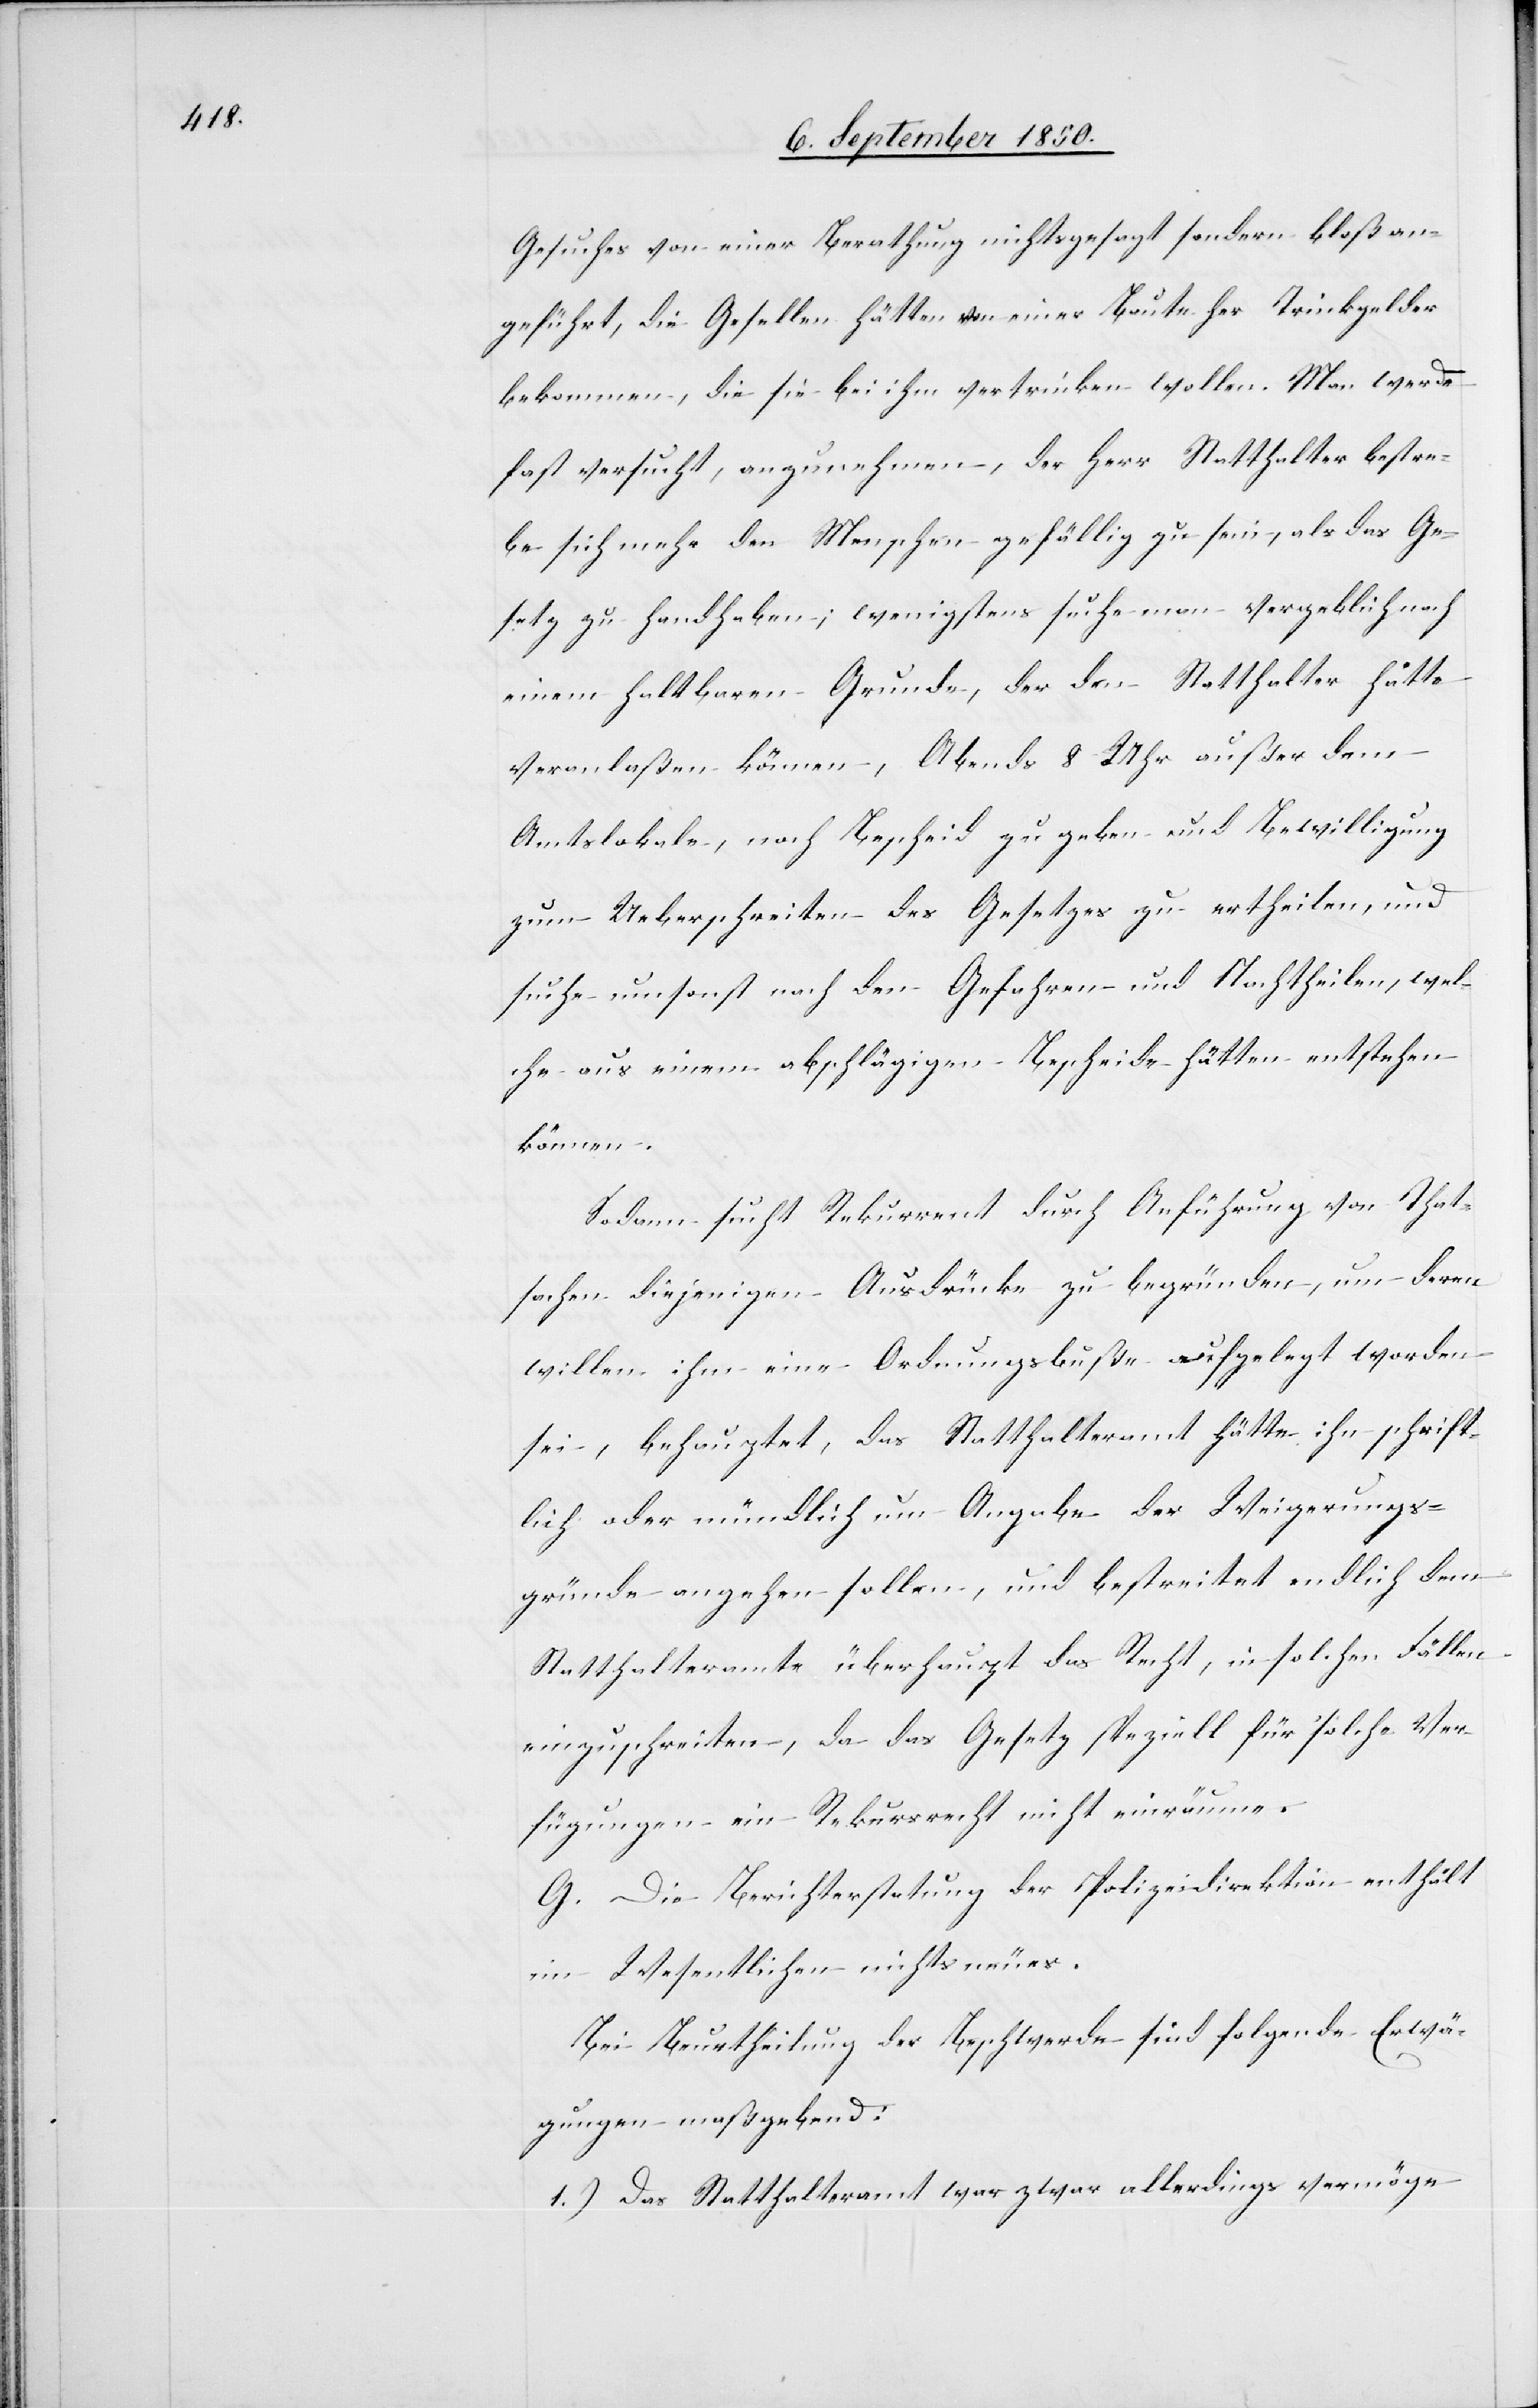
Gesuches von einer Berathung nichts gesagt sondern bloß an¬
geführt, die Gesellen hätten von einer Baute her Trinkgelder
bekommen, die sie bei ihm vertrinken wollen. Man werde
fast versucht, anzunehmen, der Herr Statthalter bestre¬
be sich mehr den Menschen gefällig zu sein, als das Ge¬
setz zu handhaben; wenigstens suche man vergeblich nach
einem haltbaren Grunde, der den Statthalter hätte
veranlaßen können, Abends 8 Uhr außer dem
Amtslokale, noch Bescheid zu geben und Bewilligung
zum Ueberschreiten des Gesetzes zu ertheilen, und
suche umsonst nach den Gefahren und Nachtheilen, wel¬
che aus einem abschlägigen Bescheide hätten entstehen
können.
Sodann sucht Rekurrent durch Anführung von That¬
sachen diejenigen Ausdrücke zu begründen, um deren
willen ihm eine Ordnungsbuße aufgelegt worden
sei, behauptet, das Statthalteramt hätte ihn schrift¬
lich oder mündlich um Angabe der Weigerungs¬
gründe angehen sollen, und bestreitet endlich dem
Statthalteramte überhaupt das Recht, in solchen Fällen
einzuschreiten, da das Gesetz spezielle für solche Ver¬
fügungen ein Rekursrecht nicht einräume.
G. Die Berichterstattung der Polizeidirektion enthält
im Wesentlichen nichts neues.
Bei Beurtheilung der Beschwerde sind folgende Erwä¬
gungen maßgebend:
1.) Das Statthalteramt war zwar allerdings vermöge